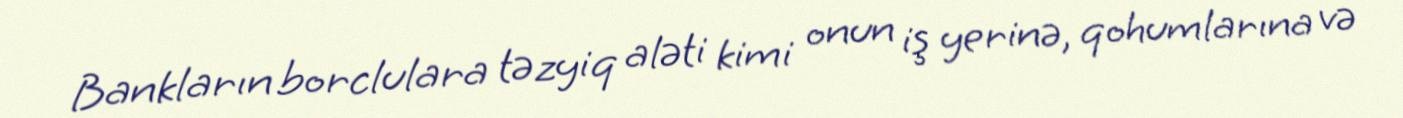
Bankların borclulara təzyiq aləti kimi onun iş yerinə, qohumlarına və